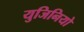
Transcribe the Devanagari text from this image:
युजिनियो